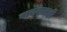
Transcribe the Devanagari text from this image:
वाचनातही